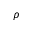
\rho